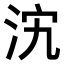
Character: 𣲼